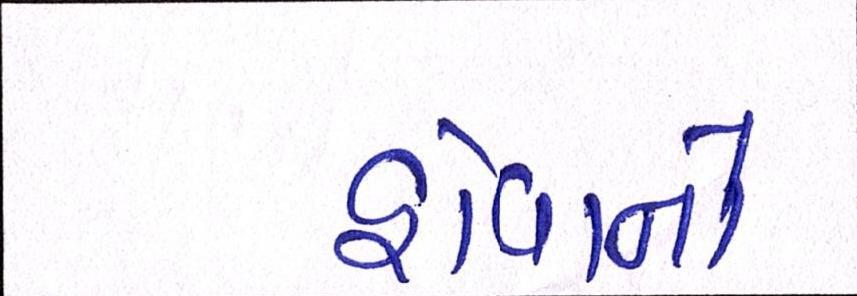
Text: હોવાનો